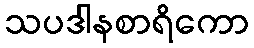
သပဒါနစာရိကော